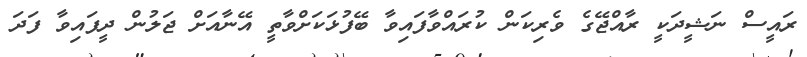
ރައީސް ނަޝީދަކީ ރާއްޖޭގެ ވެރިކަން ކުރައްވާފައިވާ ބޭފުޅަކަށްވާތީ އޭނާއަށް ޖަލުން ދީފައިވާ ފަދަ